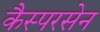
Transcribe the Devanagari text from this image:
कैस्परसेन